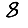
Digit: 8